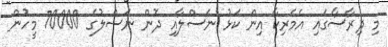
މި ދިރާސާގައި އެމެރިކާ އިން ކަޅު ނަސްލާއި ދޮން ނަސްލުގެ 70000 މީހުން